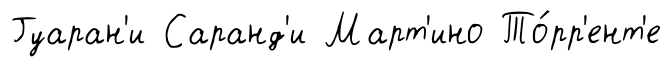
Гуаран'и Саранд'и Март'ино То́рр'ент'е